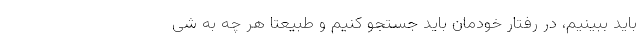
باید ببینیم، در رفتار خودمان باید جستجو کنیم و طبیعتا هر چه به شی